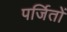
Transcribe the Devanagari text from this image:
पर्जितों